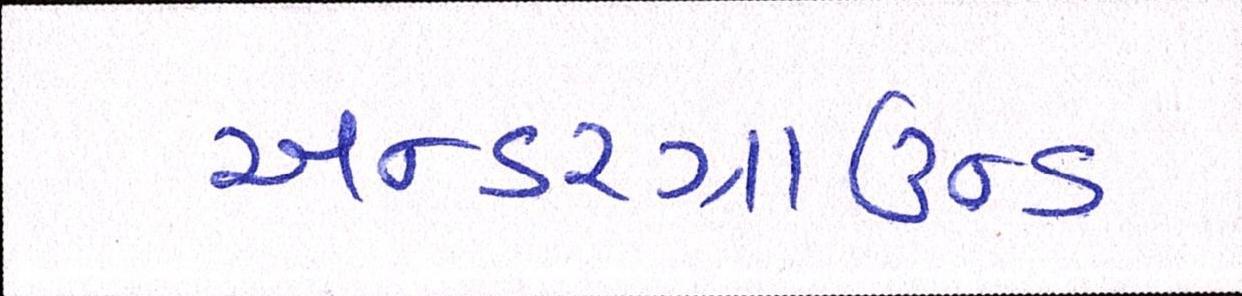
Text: અન્ડરગ્રાઉન્ડ